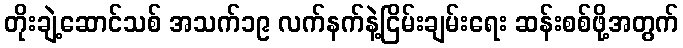
တိုးချဲ့ဆောင်သစ် အသက်၁၉ လက်နက်နဲ့ငြိမ်းချမ်းရေး ဆန်းစစ်ဖို့အတွက်